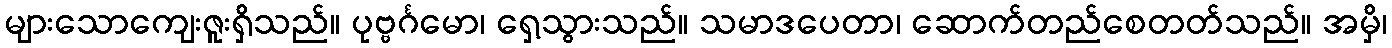
များသောကျေးဇူးရှိသည်။ ပုဗ္ဗင်္ဂမော၊ ရှေ့သွားသည်။ သမာဒပေတာ၊ ဆောက်တည်စေတတ်သည်။ အမှိ၊